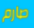
صارم